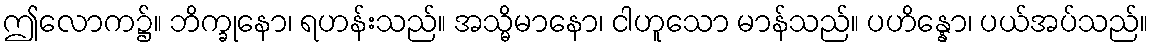
ဤလောက၌။ ဘိက္ခုနော၊ ရဟန်းသည်။ အသ္မိမာနော၊ ငါဟူသော မာန်သည်။ ပဟိန္နော၊ ပယ်အပ်သည်။